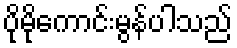
ပိုမိုကောင်းမွန်ပါသည်